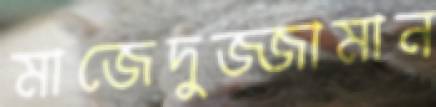
মাজেদুজ্জামান